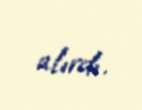
alırdı.